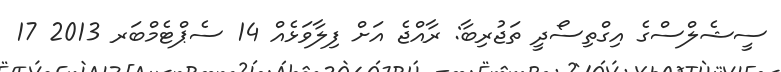
ސީޝެލްސްގެ އިގްތިސޯދީ ތަޖުރިބާ: ރާއްޖެ އަށް ފިލާވަޅެއް 14 ސެޕްޓެމްބަރ 2013 17